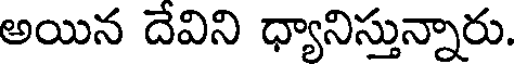
అయిన దేవిని ధ్యానిస్తున్నారు.